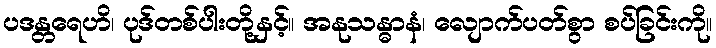
ပဒန္တရေဟိ၊ ပုဒ်တစ်ပါးတို့နှင့်။ အနုသန္ဓာနံ၊ လျောက်ပတ်စွာ စပ်ခြင်းကို။